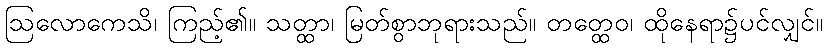
ဩလောကေသိ၊ ကြည့်၏။ သတ္ထာ၊ မြတ်စွာဘုရားသည်။ တတ္ထေဝ၊ ထိုနေရာ၌ပင်လျှင်။